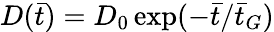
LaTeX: D(\bar{t})=D_{0}\exp(-\bar{t}/\bar{t}_{G})